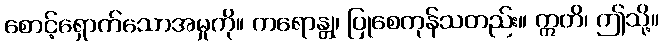
စောင့်ရှောက်သောအမှုကို။ ကရောန္တု၊ ပြုစေကုန်သတည်း။ ဣတိ၊ ဤသို့။